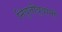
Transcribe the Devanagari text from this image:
निवृत्तीबुवांनी